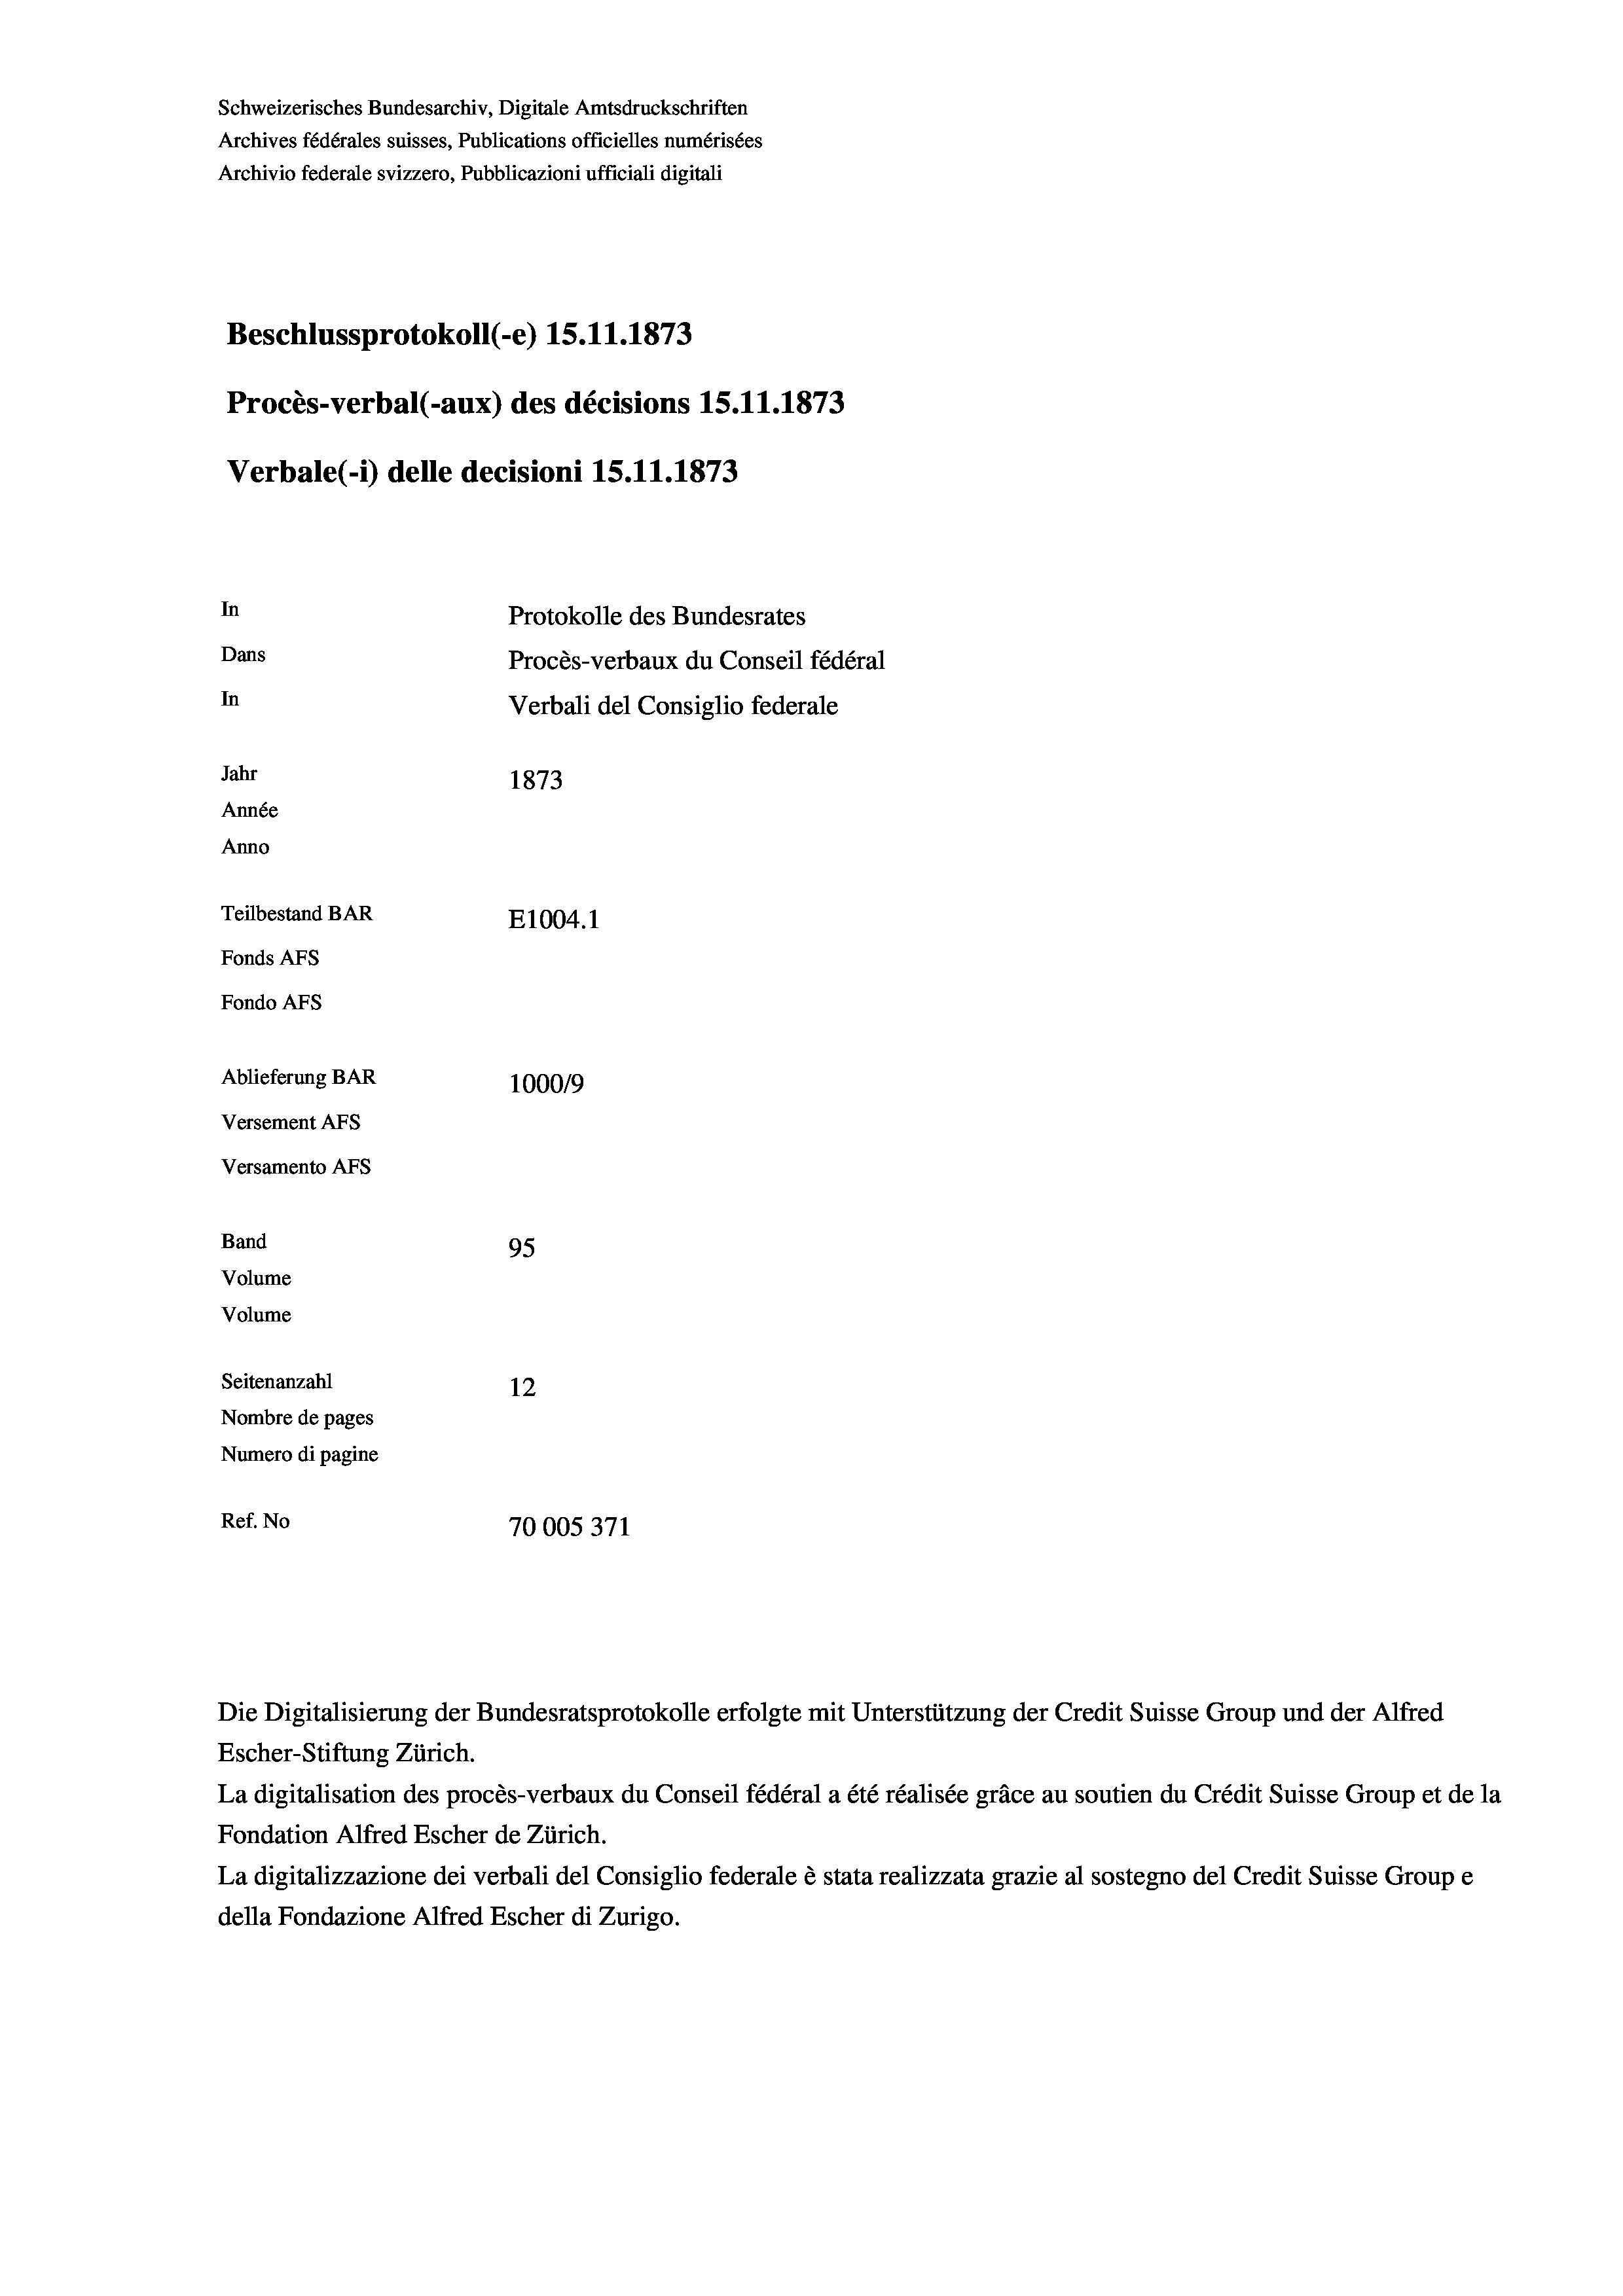
Schweizerisches Bundesarchiv, Digitale Amtsdruckschriften
Archives fédérales suisses, Publications officielles numérisées
Archivio federale svizzero, Pubblicazioni ufficiali digitali
Beschlussprotokoll (-e) 15.11.1873
Procès-verbal (-aux) des décisions 15.11.1873
Verbale (1) delle decisioni IS. 11. 1873
In
Protokolle des Bundesrates
Dans
Procès-verbaux du Conseil fédéral
In
Verbali del Consiglio federale
Jahr
1873
Année
Anno
Teilbestand BAR
E1004. 1
Fonds AFs
Fondo AFs
Ablieferung BAR
100019
Versement Abs
Versamento Afs
Band
95
Volume
Volume
Seitenanzahl
12
Nombre de pages
Numero di pagine
Ref. No
70005371

Escher-Stiftung Zürich.
La digitalisation des procès-verbaux du Conseil fédéral a été réalisée gräce au soutien du Crédit Suisse Group et de la
Fondation Alfred Escher de Zürich.
La digitalizzazione dei verbali del Consiglio federale è stata realizzata grazie al sostegno del Credit Suisse Groupe
della Fondazione Alfred Escher di Zurigo.

Die Digitalisierung der Bundesratsprotokolle erfolgte mit Unterstützung der Credit Suisse Group und der Alfred